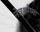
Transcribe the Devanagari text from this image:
नेत्रश्लेष्मा